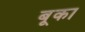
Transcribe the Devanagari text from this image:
बूका